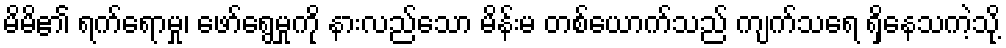
မိမိ၏ ရက်ရောမှု၊ ဖော်ရွေမှုကို နားလည်သော မိန်းမ တစ်ယောက်သည် ကျက်သရေ ရှိနေသကဲ့သို့